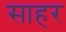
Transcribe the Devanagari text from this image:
साहर